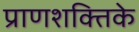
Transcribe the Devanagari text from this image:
प्राणशक्तिके